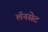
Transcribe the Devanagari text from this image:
लॅनसेट